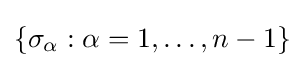
\{\sigma _{\alpha }:\alpha =1,\dots ,n-1\}